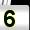
Digit: 5